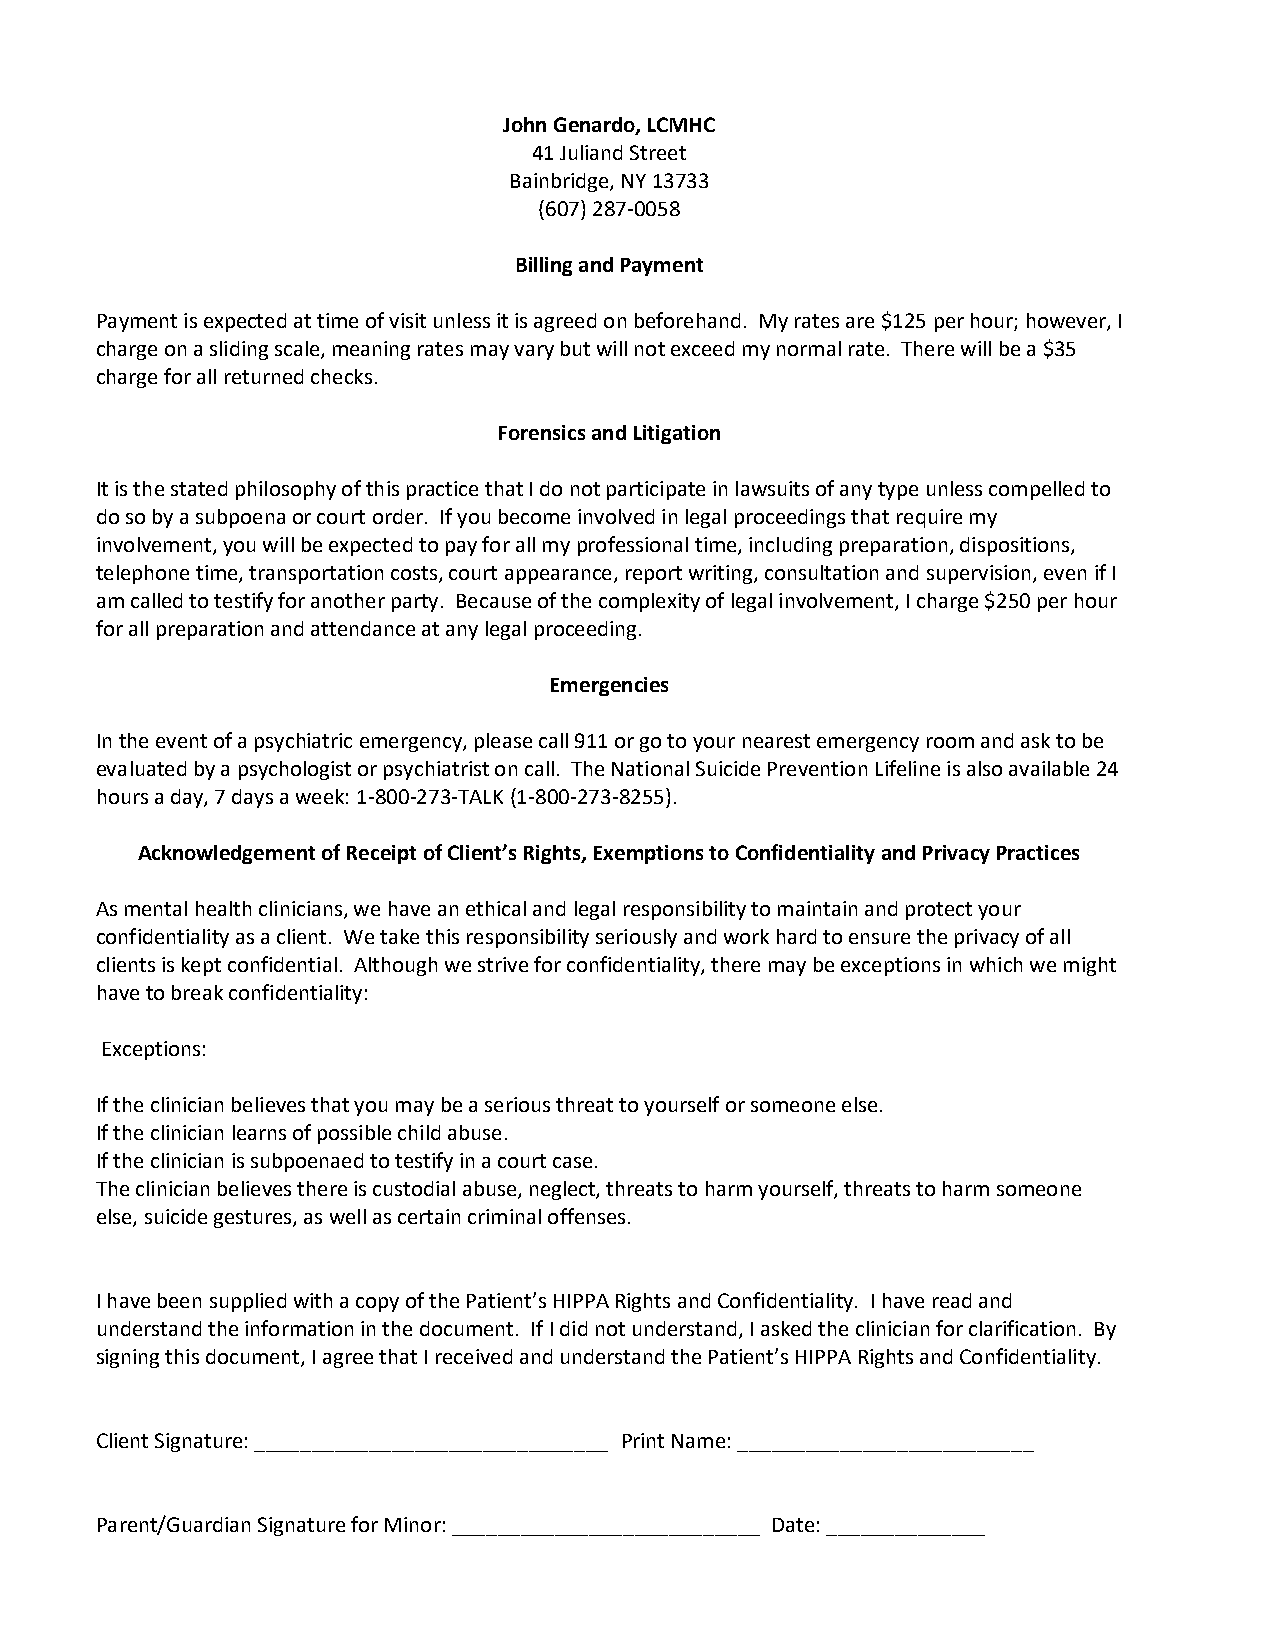
John Genardo, LCMHC
 41 Juliand Street
 Bainbridge, NY 13733
 (607) 287-0058
 Billing and Payment
 Payment is expected at time of visit unless it is agreed on beforehand. My rates are $125 per hour; however, I
 charge on a sliding scale, meaning rates may vary but will not exceed my normal rate. There will be a $35
 charge for all returned checks.
 Forensics and Litigation
 It is the stated philosophy of this practice that I do not participate in lawsuits of any type unless compelled to
 do so by a subpoena or court order. If you become involved in legal proceedings that require my
 involvement, you will be expected to pay for all my professional time, including preparation, dispositions,
 telephone time, transportation costs, court appearance, report writing, consultation and supervision, even if I
 am called to testify for another party. Because of the complexity of legal involvement, I charge $250 per hour
 for all preparation and attendance at any legal proceeding.
 Emergencies
 In the event of a psychiatric emergency, please call 911 or go to your nearest emergency room and ask to be
 evaluated by a psychologist or psychiatrist on call. The National Suicide Prevention Lifeline is also available 24
 hours a day, 7 days a week: 1-800-273-TALK (1-800-273-8255).
 Acknowledgement of Receipt of Client’s Rights, Exemptions to Confidentiality and Privacy Practices
 As mental health clinicians, we have an ethical and legal responsibility to maintain and protect your
 confidentiality as a client. We take this responsibility seriously and work hard to ensure the privacy of all
 clients is kept confidential. Although we strive for confidentiality, there may be exceptions in which we might
 have to break confidentiality:
 Exceptions:
 If the clinician believes that you may be a serious threat to yourself or someone else.
 If the clinician learns of possible child abuse.
 If the clinician is subpoenaed to testify in a court case.
 The clinician believes there is custodial abuse, neglect, threats to harm yourself, threats to harm someone
 else, suicide gestures, as well as certain criminal offenses.
 I have been supplied with a copy of the Patient’s HIPPA Rights and Confidentiality. I have read and
 understand the information in the document. If I did not understand, I asked the clinician for clarification. By
 signing this document, I agree that I received and understand the Patient’s HIPPA Rights and Confidentiality.
 Client Signature: _______________________________ Print Name: __________________________
 Parent/Guardian Signature for Minor: ___________________________ Date: ______________